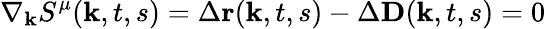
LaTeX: \nabla_{\textbf{k}}S^{\mu}(\textbf{k},t,s)=\Delta\textbf{r}(\textbf{k},t,s)-\Delta\textbf{D}(\textbf{k},t,s)=0